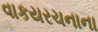
વાકયરચનાના